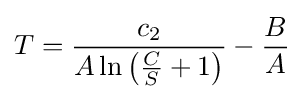
T={\frac {c_{2}}{A\ln \left({\frac {C}{S}}+1\right)}}-{\frac {B}{A}}